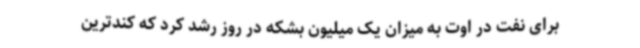
برای نفت در اوت به میزان یک میلیون بشکه در روز رشد کرد که کندترین